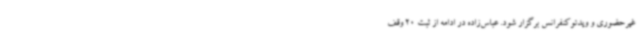
غیرحضوری و ویدئوکنفرانس برگزار شود. عباس‌زاده در ادامه از ثبت 20 وقف